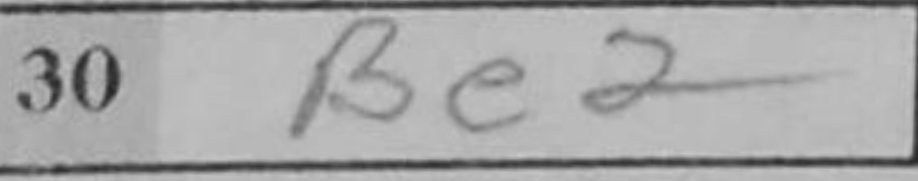
Transcription: Be2